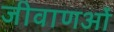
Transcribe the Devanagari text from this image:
जीवाणओं